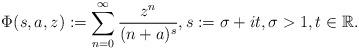
LaTeX: \begin{align*}\Phi (s,a,z) := \sum_{n=0}^{\infty} \frac{z^n}{(n+a)^s}, s := \sigma + it, \sigma >1 , t \in {\mathbb{R}}.\end{align*}